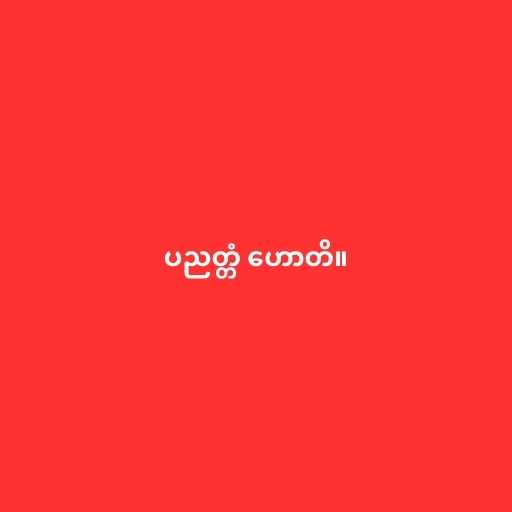
ပညတ္တံ ဟောတိ။